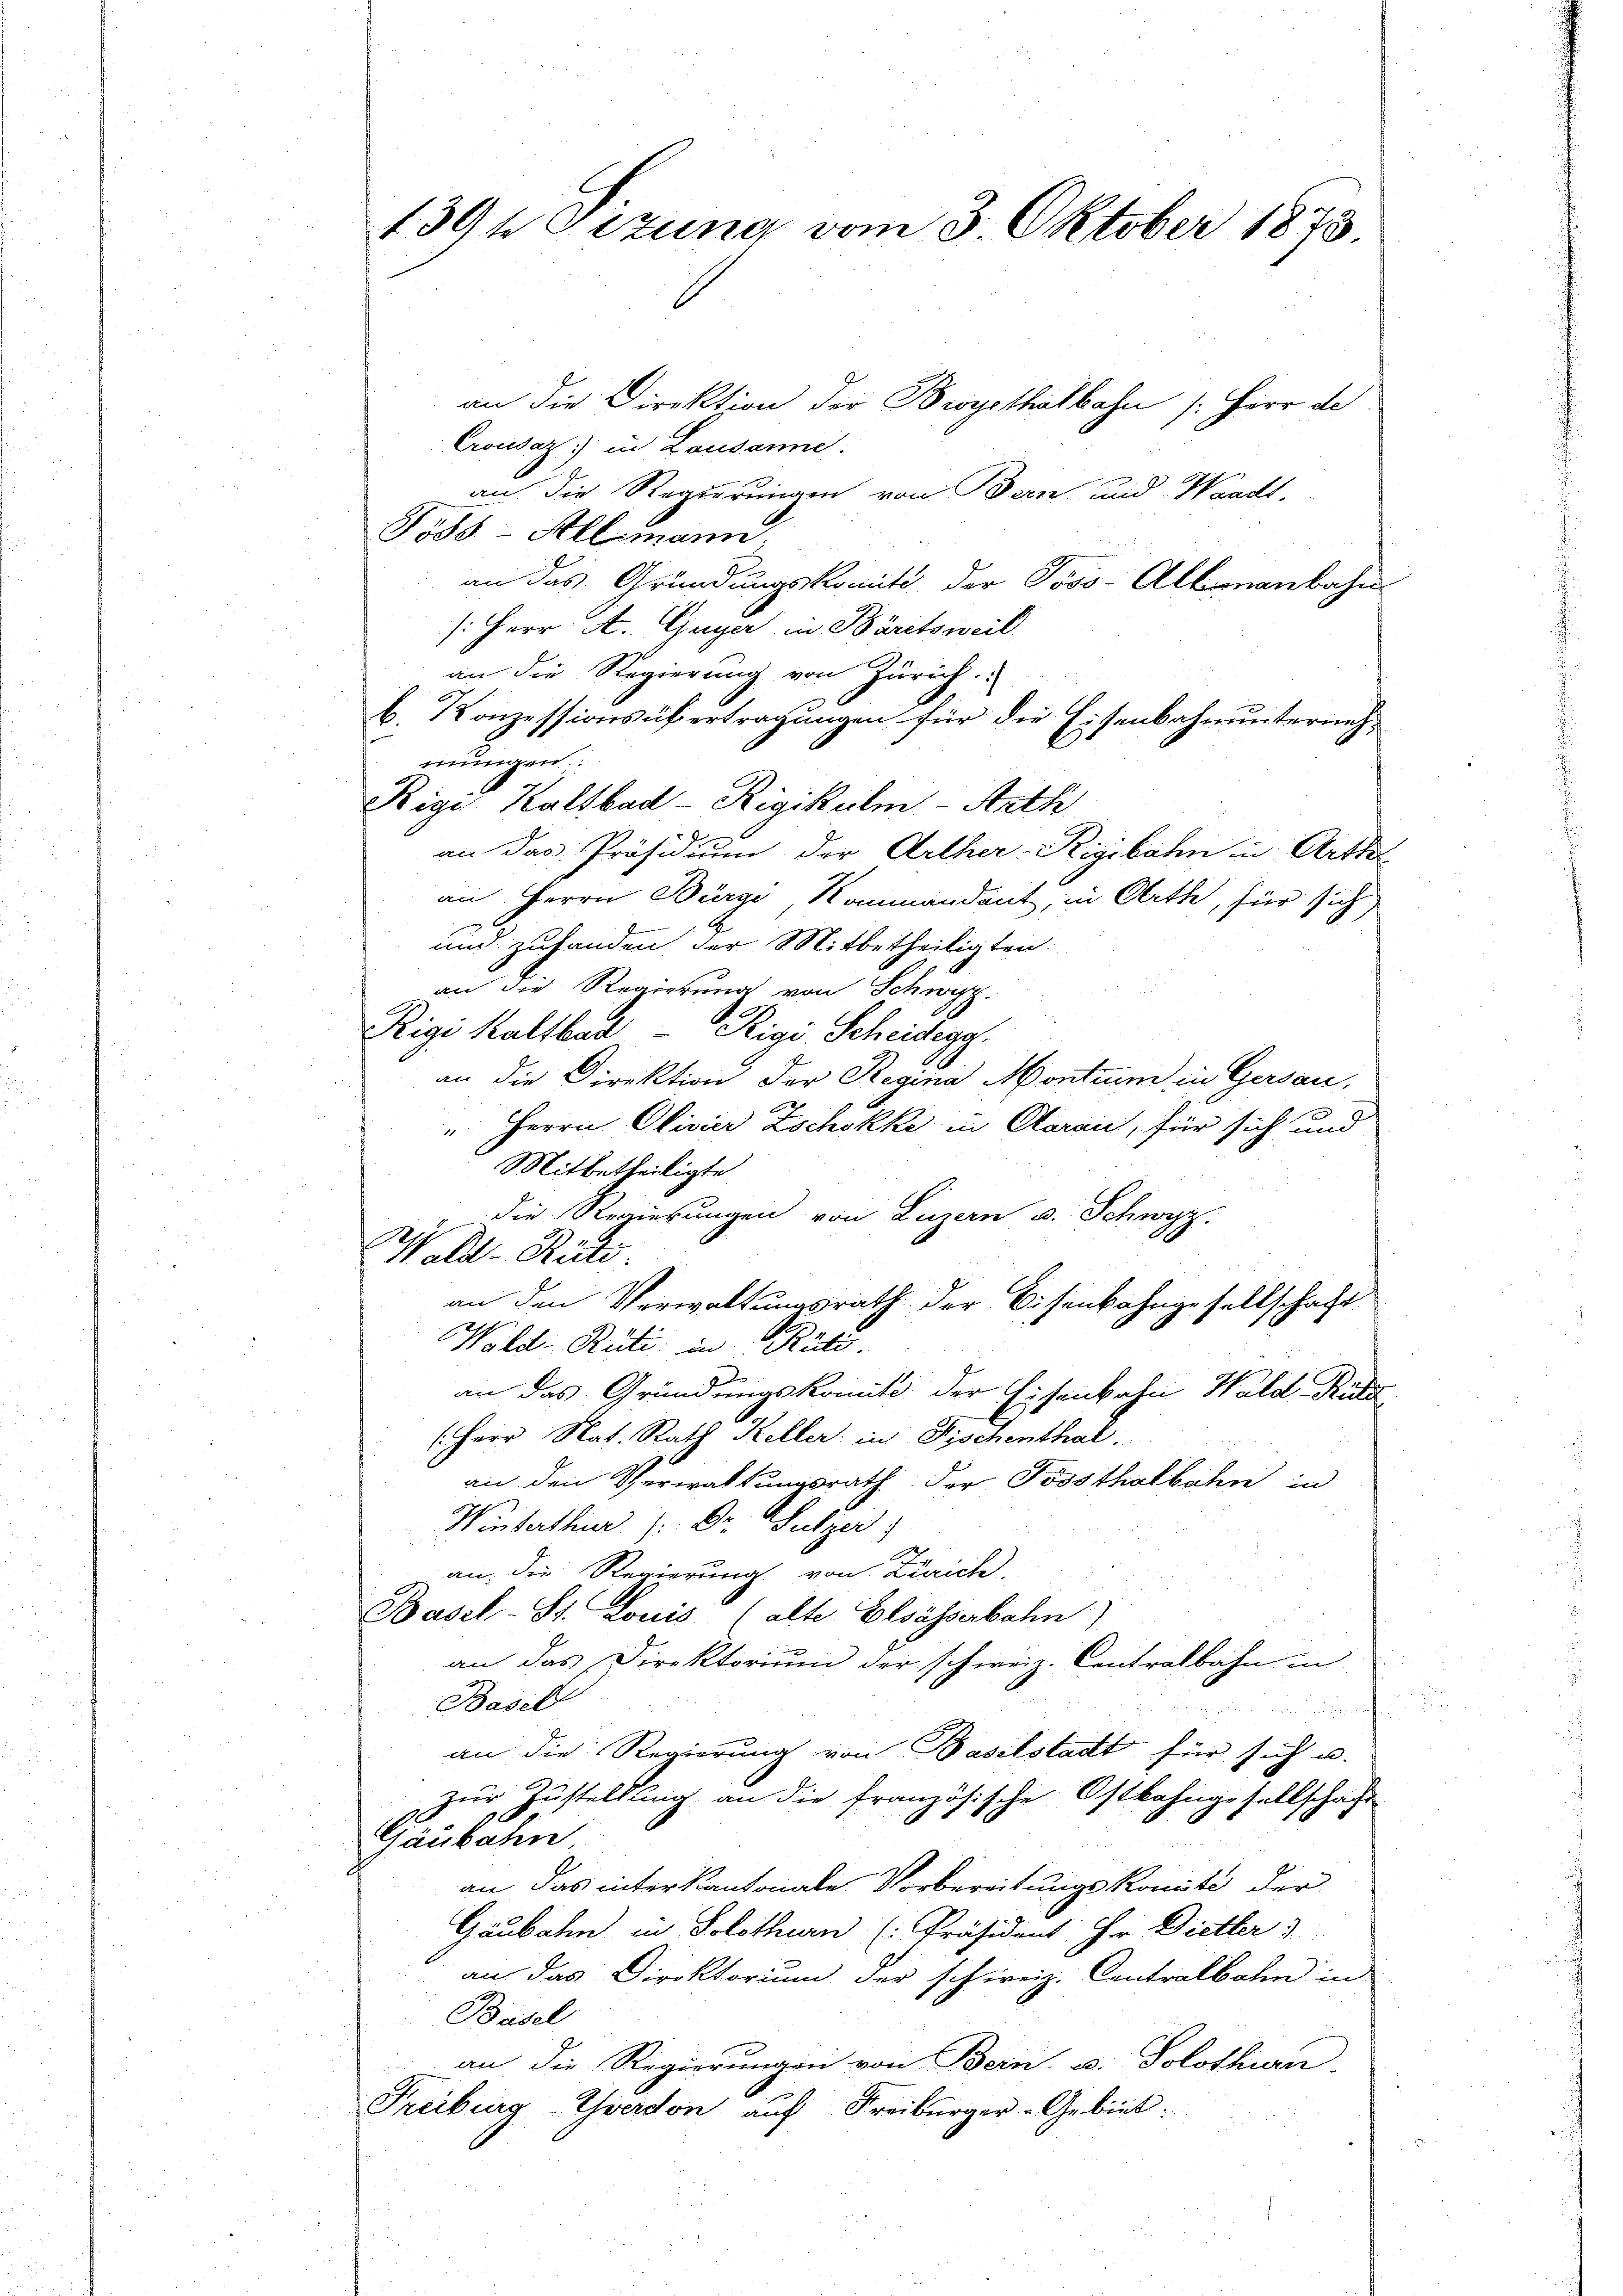
1394 Sizung vom 3. Oktober 1873

an die Direktion der Beysthalbahn /: Herr de
Crousaz) in Lausanne:
an die Regierungen von Bern und Waadt.
Fods-Allmann
an das Gründungskomit der Poss-Albonanbahn
s: Herr St. Guyer in Bäretsweil
an die Regierung von Zürich
b. Konzessionsübertragungen für die Eisenbahnunternehmungen
Rigi Kaltbad-Rigikulm-Arth
an das Präsidium der Arther-Rigibahn in Arthe
an Herrn Bürge Kommandant, in Arthe, für sich
und zuhanden der Mitbetheiligten.
an die Regierung von Schwyz.
Rigi Kaltbad Rigi. Scheidegg
an die Direktion der Regina Montrum in Gersau,
" Herrn Civier Zschokke in Claran, für sich und
Mitbetheiligte
die Regierungen von Luzern u. Schwyz.
Wald–Rüti.
an den Verwaltungsrath der Eisenbahngesellschaft
Wald–Rüti in Ruts
an das Gründungskomite der Eisenbahn Wald Ruts
(Herr Nat. Rath Keller in Fischenthal.
an den Verwaltungsrath der Posthalbahn in
Winterthur /: Dr. Sulzer
an die Regierung von Zürich
Basel-St. Louis (alte Elsässerbahn
an das Direktorium der schweiz. Centralbahn in
Basil

an die Regierung von Baselstadt für sich u.
zur Zustellung an die französische Ostbahngesellschaft
Gänkahn
an das interkantonale Vorbereitungskomite der
Gaubahn in Solothurn (Präsident: Hr. Diether
an das Direktorium der schweiz. Centralbahn in
Basel
an die Regierungen von Bern u. Solothurn
Freiburg-Chverdon auf Freiburger-Gebiet.